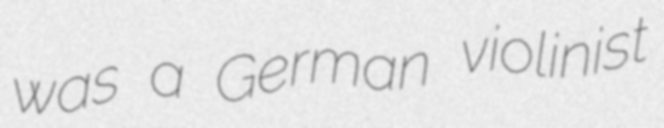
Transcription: was a German violinist